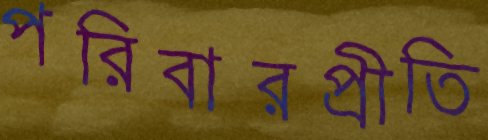
পরিবারপ্রীতি